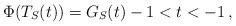
LaTeX: \begin{align*}\Phi(T_S(t)) =G_S(t) -1<t<-1\,,\end{align*}